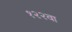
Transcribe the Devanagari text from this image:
१२२वा